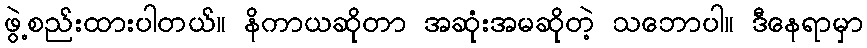
ဖွဲ့စည်းထားပါတယ်။ နိကာယဆိုတာ အဆုံးအမဆိုတဲ့ သဘောပါ။ ဒီနေရာမှာ